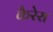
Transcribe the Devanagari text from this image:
कैरेरा